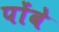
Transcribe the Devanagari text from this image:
पोंबे